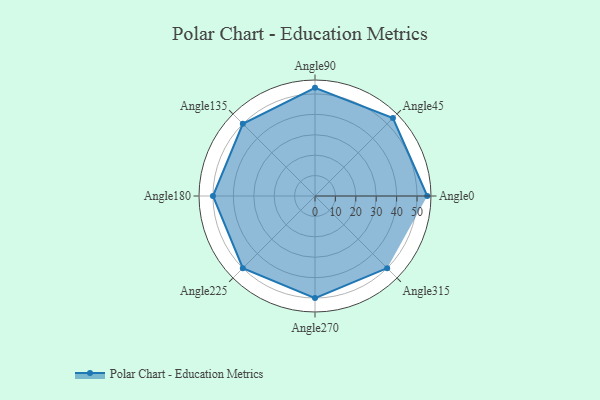
{"axis": {"x": "Angle", "y": "Radius"}, "legend": [""], "data": [{"x": "Angle0", "y": 55.0, "type": ""}, {"x": "Angle45", "y": 54.0, "type": ""}, {"x": "Angle90", "y": 53.0, "type": ""}, {"x": "Angle135", "y": 50.0, "type": ""}, {"x": "Angle180", "y": 50, "type": ""}, {"x": "Angle225", "y": 50, "type": ""}, {"x": "Angle270", "y": 50, "type": ""}, {"x": "Angle315", "y": 50, "type": ""}]}